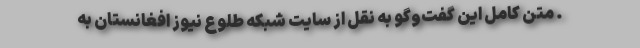
. متن کامل این گفت‌وگو به نقل از سایت شبکه طلوع نیوز افغانستان به